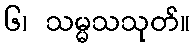
၆၊ သမ္မသသုတ်။